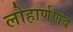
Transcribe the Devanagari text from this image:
लोहार्णणव